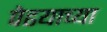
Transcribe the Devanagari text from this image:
पेढयाच्या